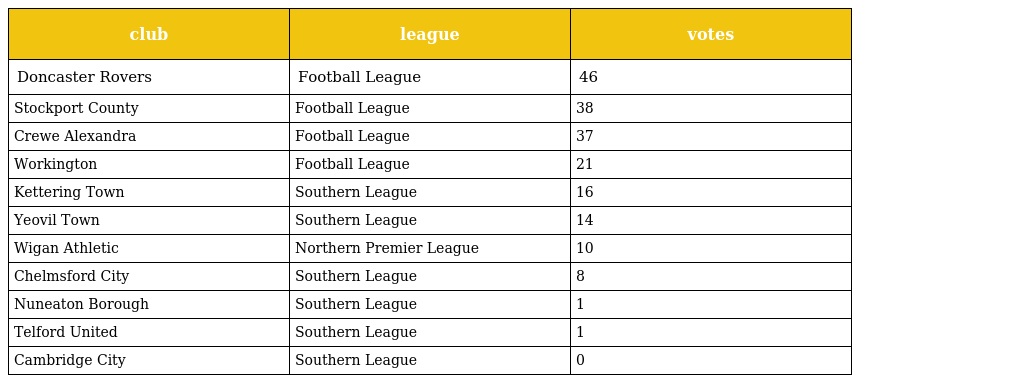
| club | league | votes |
 | --- | --- | --- |
 | Doncaster Rovers | Football League | 46 |
 | Stockport County | Football League | 38 |
 | Crewe Alexandra | Football League | 37 |
 | Workington | Football League | 21 |
 | Kettering Town | Southern League | 16 |
 | Yeovil Town | Southern League | 14 |
 | Wigan Athletic | Northern Premier League | 10 |
 | Chelmsford City | Southern League | 8 |
 | Nuneaton Borough | Southern League | 1 |
 | Telford United | Southern League | 1 |
 | Cambridge City | Southern League | 0 |